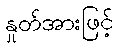
နှုတ်အားဖြင့်